Vaccine operations Central Provinces 1868-1885 - 1868-1885
Year: 1868
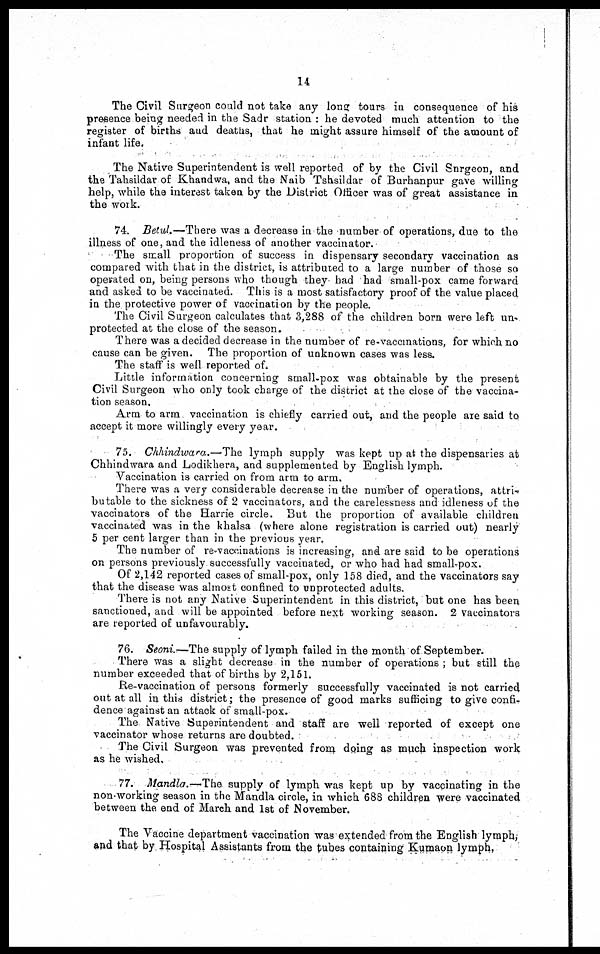
14
The Civil Surgeon could not take any long tours in consequence of his
presence being needed in the Sadr station : he devoted much attention to the
register of births and deaths, that he might assure himself of the amount of
infant life.
The Native Superintendent is well reported of by the Civil Surgeon, and
the Tahsildar of Khandwa, and the Naib Tshsildar of Burhanpur gave willing
help, while the interest taken by the District Officer was of great assistance in
the work.
74. Betul.—There was a decrease in the number of operations, due to the
illness of one, and the idleness of another vaccinator.
The small proportion of success in dispensary secondary vaccination as
compared with that in the district, is attributed to a large number of those so
operated on, being persons who though they had had small-pox came forward
and asked to be vaccinated. This is a most satisfactory proof of the value placed
in the protective power of vaccination by the people.
The Civil Surgeon calculates that 3,288 of the children born were left un-
protected at the close of the season.
There was a decided decrease in the number of re-vaccinations, for which no
cause can be given. The proportion of unknown cases was less.
The staff is well reported of.
Little information concerning small-pox was obtainable by the present
Civil Surgeon who only took charge of the district at the close of the vaccina-
tion season.
Arm to arm vaccination is chiefly carried out, and the people are said to
accept it more willingly every year.
75. Chhindwara.—The lymph supply was kept up at the dispensaries at
Chhindwara and Lodikhera, and supplemented by English lymph.
Vaccination is carried on from arm to arm.
There was a very considerable decrease in the number of operations, attri-
butable to the sickness of 2 vaccinators, and the carelessness and idleness of the
vaccinators of the Harrie circle. But the proportion of available children
vaccinated was in the khalsa (where alone registration is carried out) nearly
5 per cent larger than in the previous year.
The number of re-vaccinations is increasing, and are said to be operations
on persons previously successfully vaccinated, or who had had small-pox.
Of 2,142 reported cases of small-pox, only 158 died, and the vaccinators say
that the disease was almost confined to unprotected adults.
There is not any Native Superintendent in this district, but one has been
sanctioned, and will be appointed before next working season. 2 vaccinators
are reported of unfavourably.
76. Seoni.—The supply of lymph failed in the month of September.
There was a slight decrease in the number of operations; but still the
number exceeded that of births by 2,151.
Re-vaccination of persons formerly successfully vaccinated is not carried
out at all in this district; the presence of good marks sufficing to give confi-
dence against an attack of small-pox.
The Native Superintendent and staff are well reported of except one
vaccinator whose returns are doubted.
The Civil Surgeon was prevented from doing as much inspection work
as he wished.
77. Mandla.— The supply of lymph was kept up by vaccinating in the
non-working season in the Mandla circle, in which 688 children were vaccinated
between the end of March and 1st of November.
The Vaccine department vaccination was extended from the English lymph,
and that by Hospital Assistants from the tubes containing Kumaon lymph.